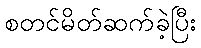
စတင်မိတ်ဆက်ခဲ့ပြီး